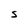
Character: S